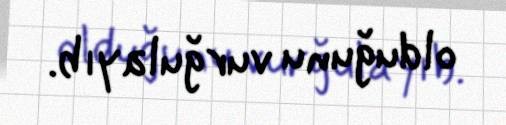
olduğunu vurğulayıb.